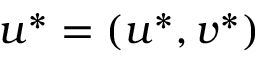
\boldsymbol { u } ^ { * } = ( u ^ { * } , v ^ { * } )